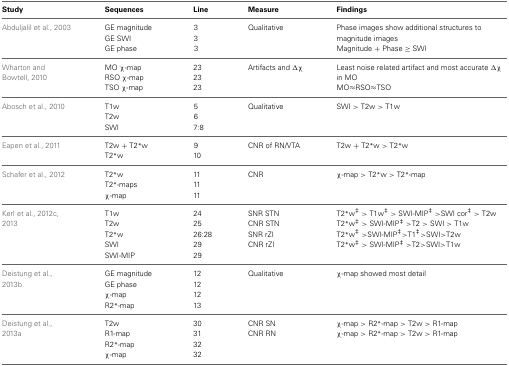
| Study | Sequences | Line | Measure | Findings |
 | --- | --- | --- | --- | --- |
 | Abduljalil et al., 2003 | GE magnitude | 3 | Qualitative | <ROWSPAN=2> Phase images show additional structures to magnitude images |
 |  | GE SWI | 3 |  |
 |  | GE phase | 3 |  | Magnitude + Phase ≥ SWI |
 | <ROWSPAN=2> Wharton and Bowtell, 2010 | MO χ-map | 23 | Artifacts and Δχ | <ROWSPAN=2> Least noise related artifact and most accurate Δχ in MO |
 | RSO χ-map | 23 |  |
 |  | TSO χ-map | 23 |  | MO≈RSO≈TSO |
 | Abosch et al., 2010 | T1w | 5 | Qualitative | SWI > T2w > T1w |
 |  | T2w | 6 |  |  |
 |  | SWI | 7:8 |  |  |
 | Eapen et al., 2011 | T2w + T2*w | 9 | CNR of RN/VTA | T2w + T2*w > T2*w |
 |  | T2*w | 10 |  |  |
 | Schafer et al., 2012 | T2*w | 11 | CNR | χ-map > T2*w > T2*-map |
 |  | T2*-maps | 11 |  |  |
 |  | χ-map | 11 |  |  |
 | <ROWSPAN=2> Kerl et al., 2012c, 2013 | T1w | 24 | SNR STN | T2*w‡ > T1w‡ > SWI-MIP‡ > SWI cor‡ > T2w |
 | T2w | 25 | CNR STN | T2*w‡ > SWI-MIP‡ > T2 > SWI > T1w |
 |  | T2*w | 26:28 | SNR rZI | T2*w‡ > SWI-MIP‡>T1‡>SWI>T2w |
 |  | SWI | 29 | CNR rZI | T2*w‡ > SWI-MIP‡ >T2>SWI>T1w |
 |  | SWI-MIP | 29 |  |  |
 | <ROWSPAN=2> Deistung et al., 2013b | GE magnitude | 12 | Qualitative | χ-map showed most detail |
 | GE phase | 12 |  |  |
 |  | χ-map | 12 |  |  |
 |  | R2*-map | 13 |  |  |
 | <ROWSPAN=2> Deistung et al., 2013a | T2w | 30 | CNR SN | χ-map > R2*-map > T2w > R1-map |
 | R1-map | 31 | CNR RN | χ-map > R2*-map > T2w > R1-map |
 |  | R2*-map | 32 |  |  |
 |  | χ-map | 32 |  |  |